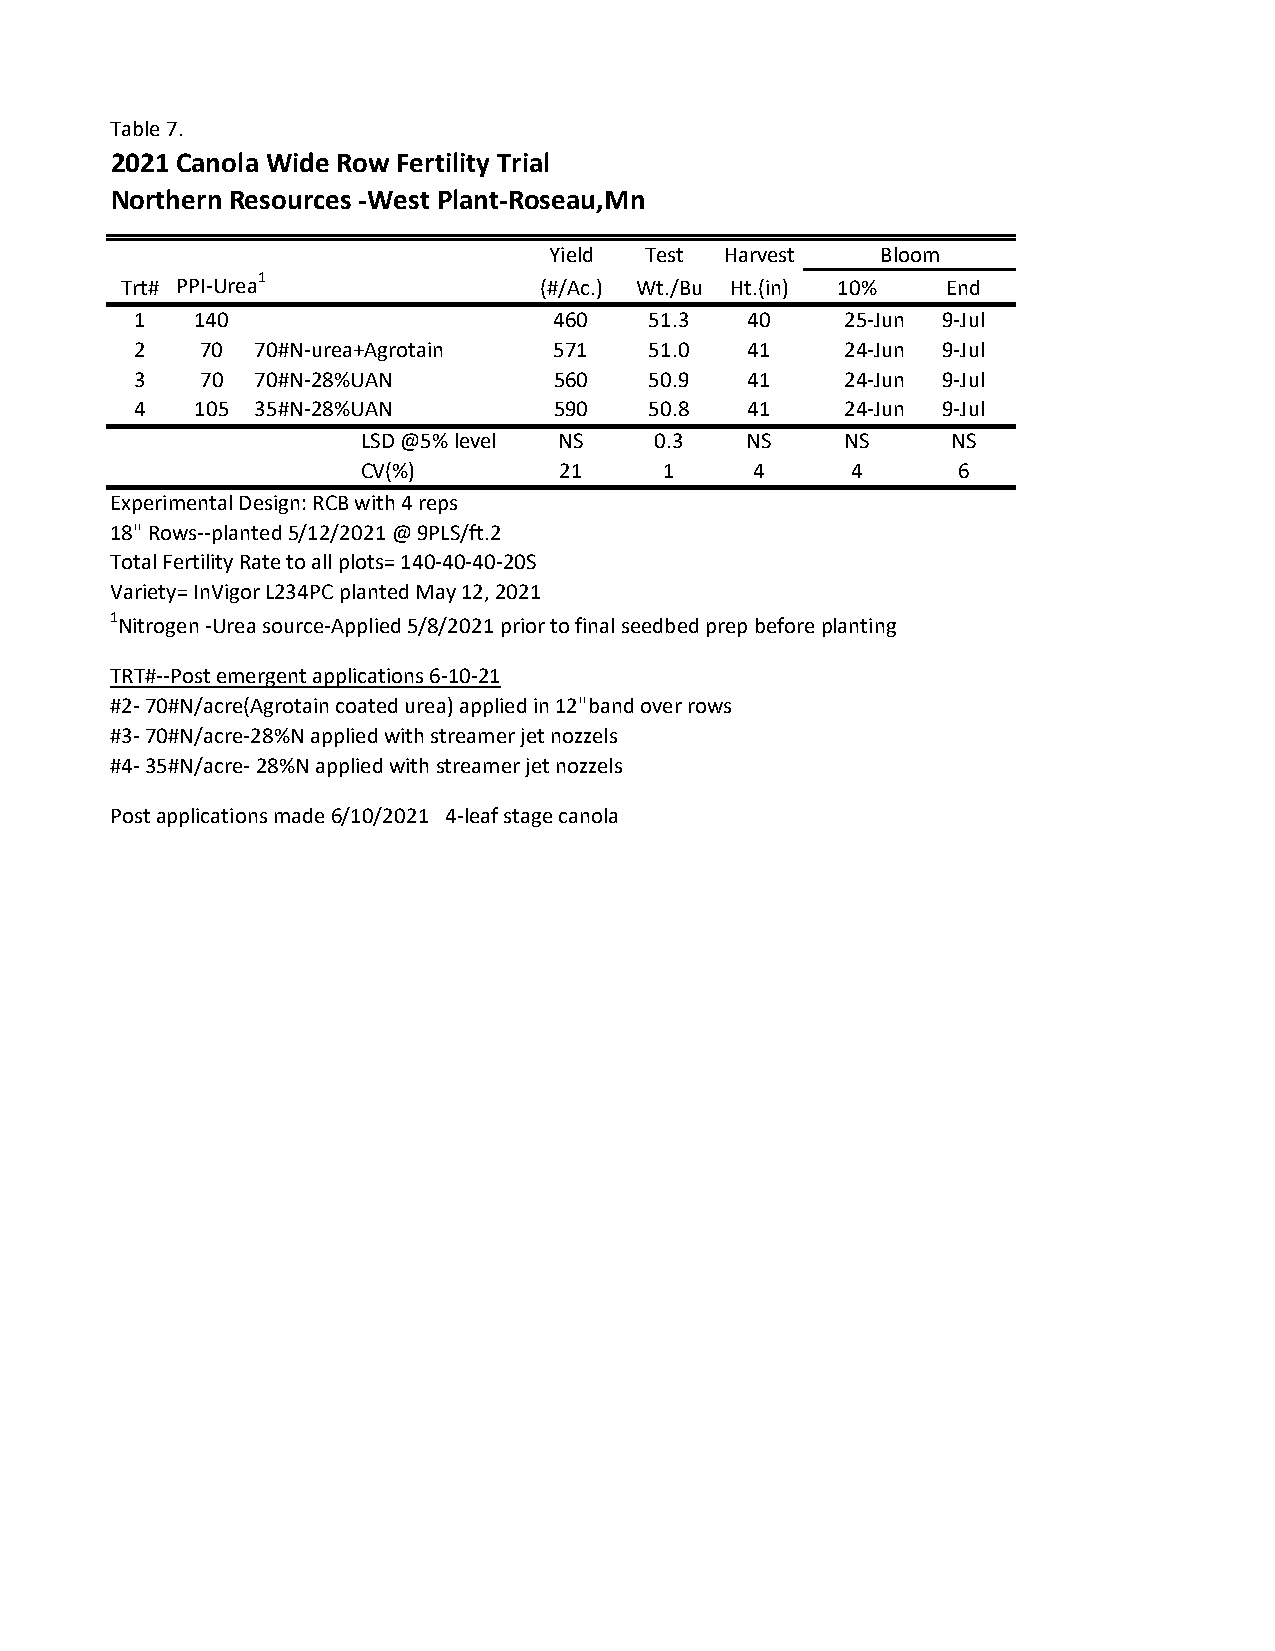
Table 7.
 2021 Canola Wide Row Fertility Trial
 Northern Resources ‐West Plant‐Roseau,Mn
 Yield  Test Harvest   Bloom
 Trt#
 PPI‐Urea1
 (#/Ac.) Wt./Bu Ht.(in) 10% End
 1   140                     460   51.3  40     25‐Jun 9‐Jul
 2   70  70#N‐urea+Agrotain  571   51.0  41     24‐Jun 9‐Jul
 3   70  70#N‐28%UAN         560   50.9  41     24‐Jun 9‐Jul
 4   105 35#N‐28%UAN         590   50.8  41     24‐Jun 9‐Jul
 LSD @5% level NS   0.3   NS     NS     NS
 CV(%)        21     1     4     4      6
 Experimental Design: RCB with 4 reps
 18" Rows‐‐planted 5/12/2021 @ 9PLS/ft.2
 Total Fertility Rate to all plots= 140‐40‐40‐20S
 Variety= InVigor L234PC planted May 12, 2021
 1Nitrogen ‐Urea source‐Applied 5/8/2021 prior to final seedbed prep before planting
 TRT#‐‐Post emergent applications 6‐10‐21
 #2‐ 70#N/acre(Agrotain coated urea) applied in 12"band over rows
 #3‐ 70#N/acre‐28%N applied with streamer jet nozzels
 #4‐ 35#N/acre‐ 28%N applied with streamer jet nozzels
 Post applications made 6/10/2021 4‐leaf stage canola